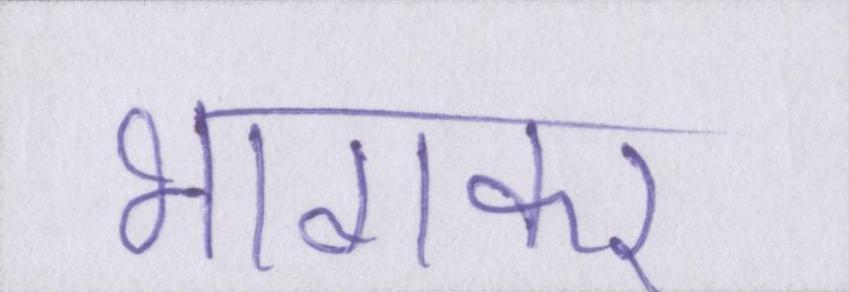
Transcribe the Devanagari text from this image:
भागकर